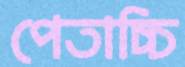
পেতাচ্চি